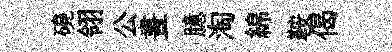
磽翎公晝臆淘綿鞍偈